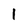
Character: I